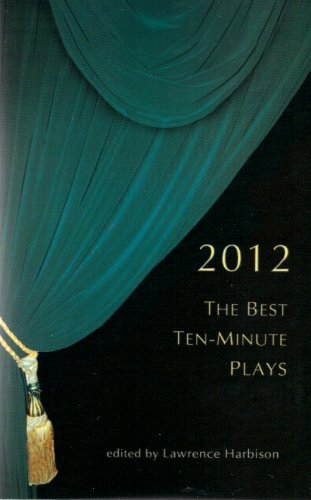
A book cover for The Best Ten-Minute Plays 2012 (Contemporary Playwrights Series); Lawrence Harbison; Literature & Fiction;